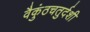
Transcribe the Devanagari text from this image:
वैकुंठचतुर्दशी